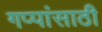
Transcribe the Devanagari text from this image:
गप्पांसाठी